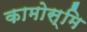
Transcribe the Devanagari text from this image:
कामोस्मि